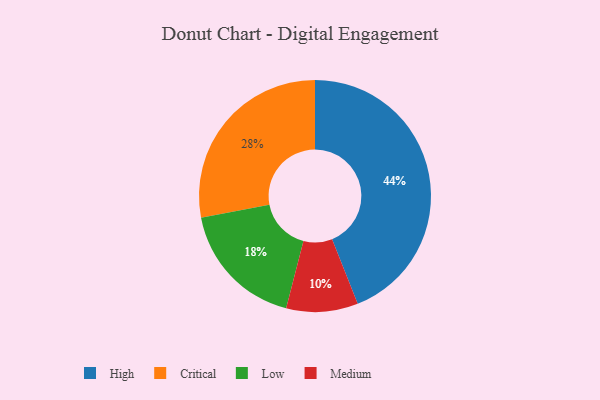
{"axis": {"x": "Category", "y": "Percentage"}, "legend": ["Critical", "High", "Low", "Medium"], "data": [{"x": "High", "y": 44, "type": "High"}, {"x": "Critical", "y": 28, "type": "Critical"}, {"x": "Medium", "y": 10, "type": "Medium"}, {"x": "Low", "y": 18, "type": "Low"}]}